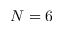
N = 6